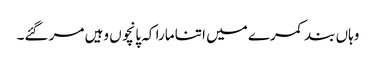
وہاں بند کمرے میں اتنا مارا کہ پانچوں وہیں مر گئے۔